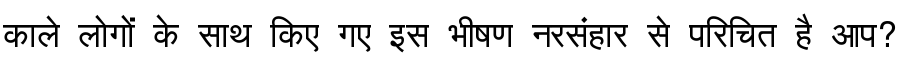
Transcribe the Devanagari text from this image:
काले लोगों के साथ किए गए इस भीषण नरसंहार से परिचित है आप?